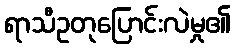
ရာသီဥတုပြောင်းလဲမှု၏